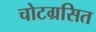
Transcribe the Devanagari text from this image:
चोटग्रसित